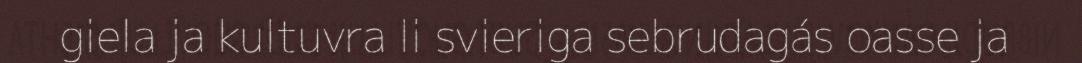
giela ja kultuvra li svieriga sebrudagás oasse ja